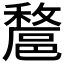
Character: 𨝟